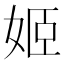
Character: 姬